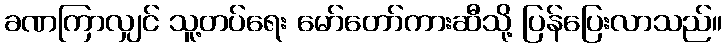
ခဏကြာလျှင် သူ့တပ်ရေး မော်တော်ကားဆီသို့ ပြန်ပြေးလာသည်။